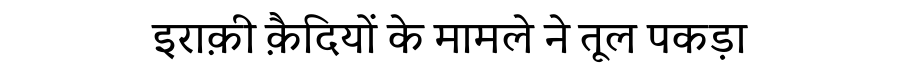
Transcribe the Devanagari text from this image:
इराक़ी क़ैदियों के मामले ने तूल पकड़ा